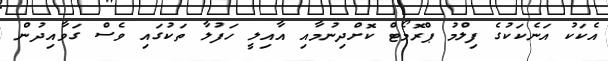
އެކަކު އަނެކަކުގެ ފިލްމު ޕްރޮމޯޓް ކޮށްދިނުމާއި އާއިލީ ހަފުލާ ތަކުގައި ވެސް ގަވާއިދުން